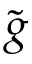
\tilde { g }